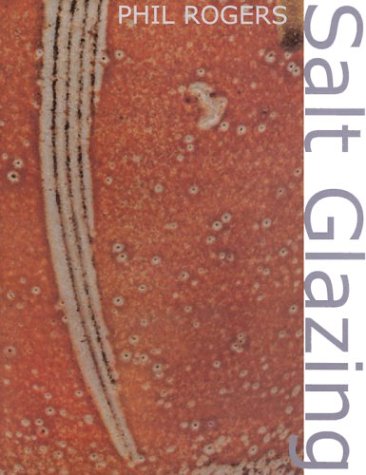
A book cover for Salt Glazing; Phil Rogers; Arts & Photography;